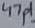
Text: 47pf